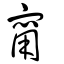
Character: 甯